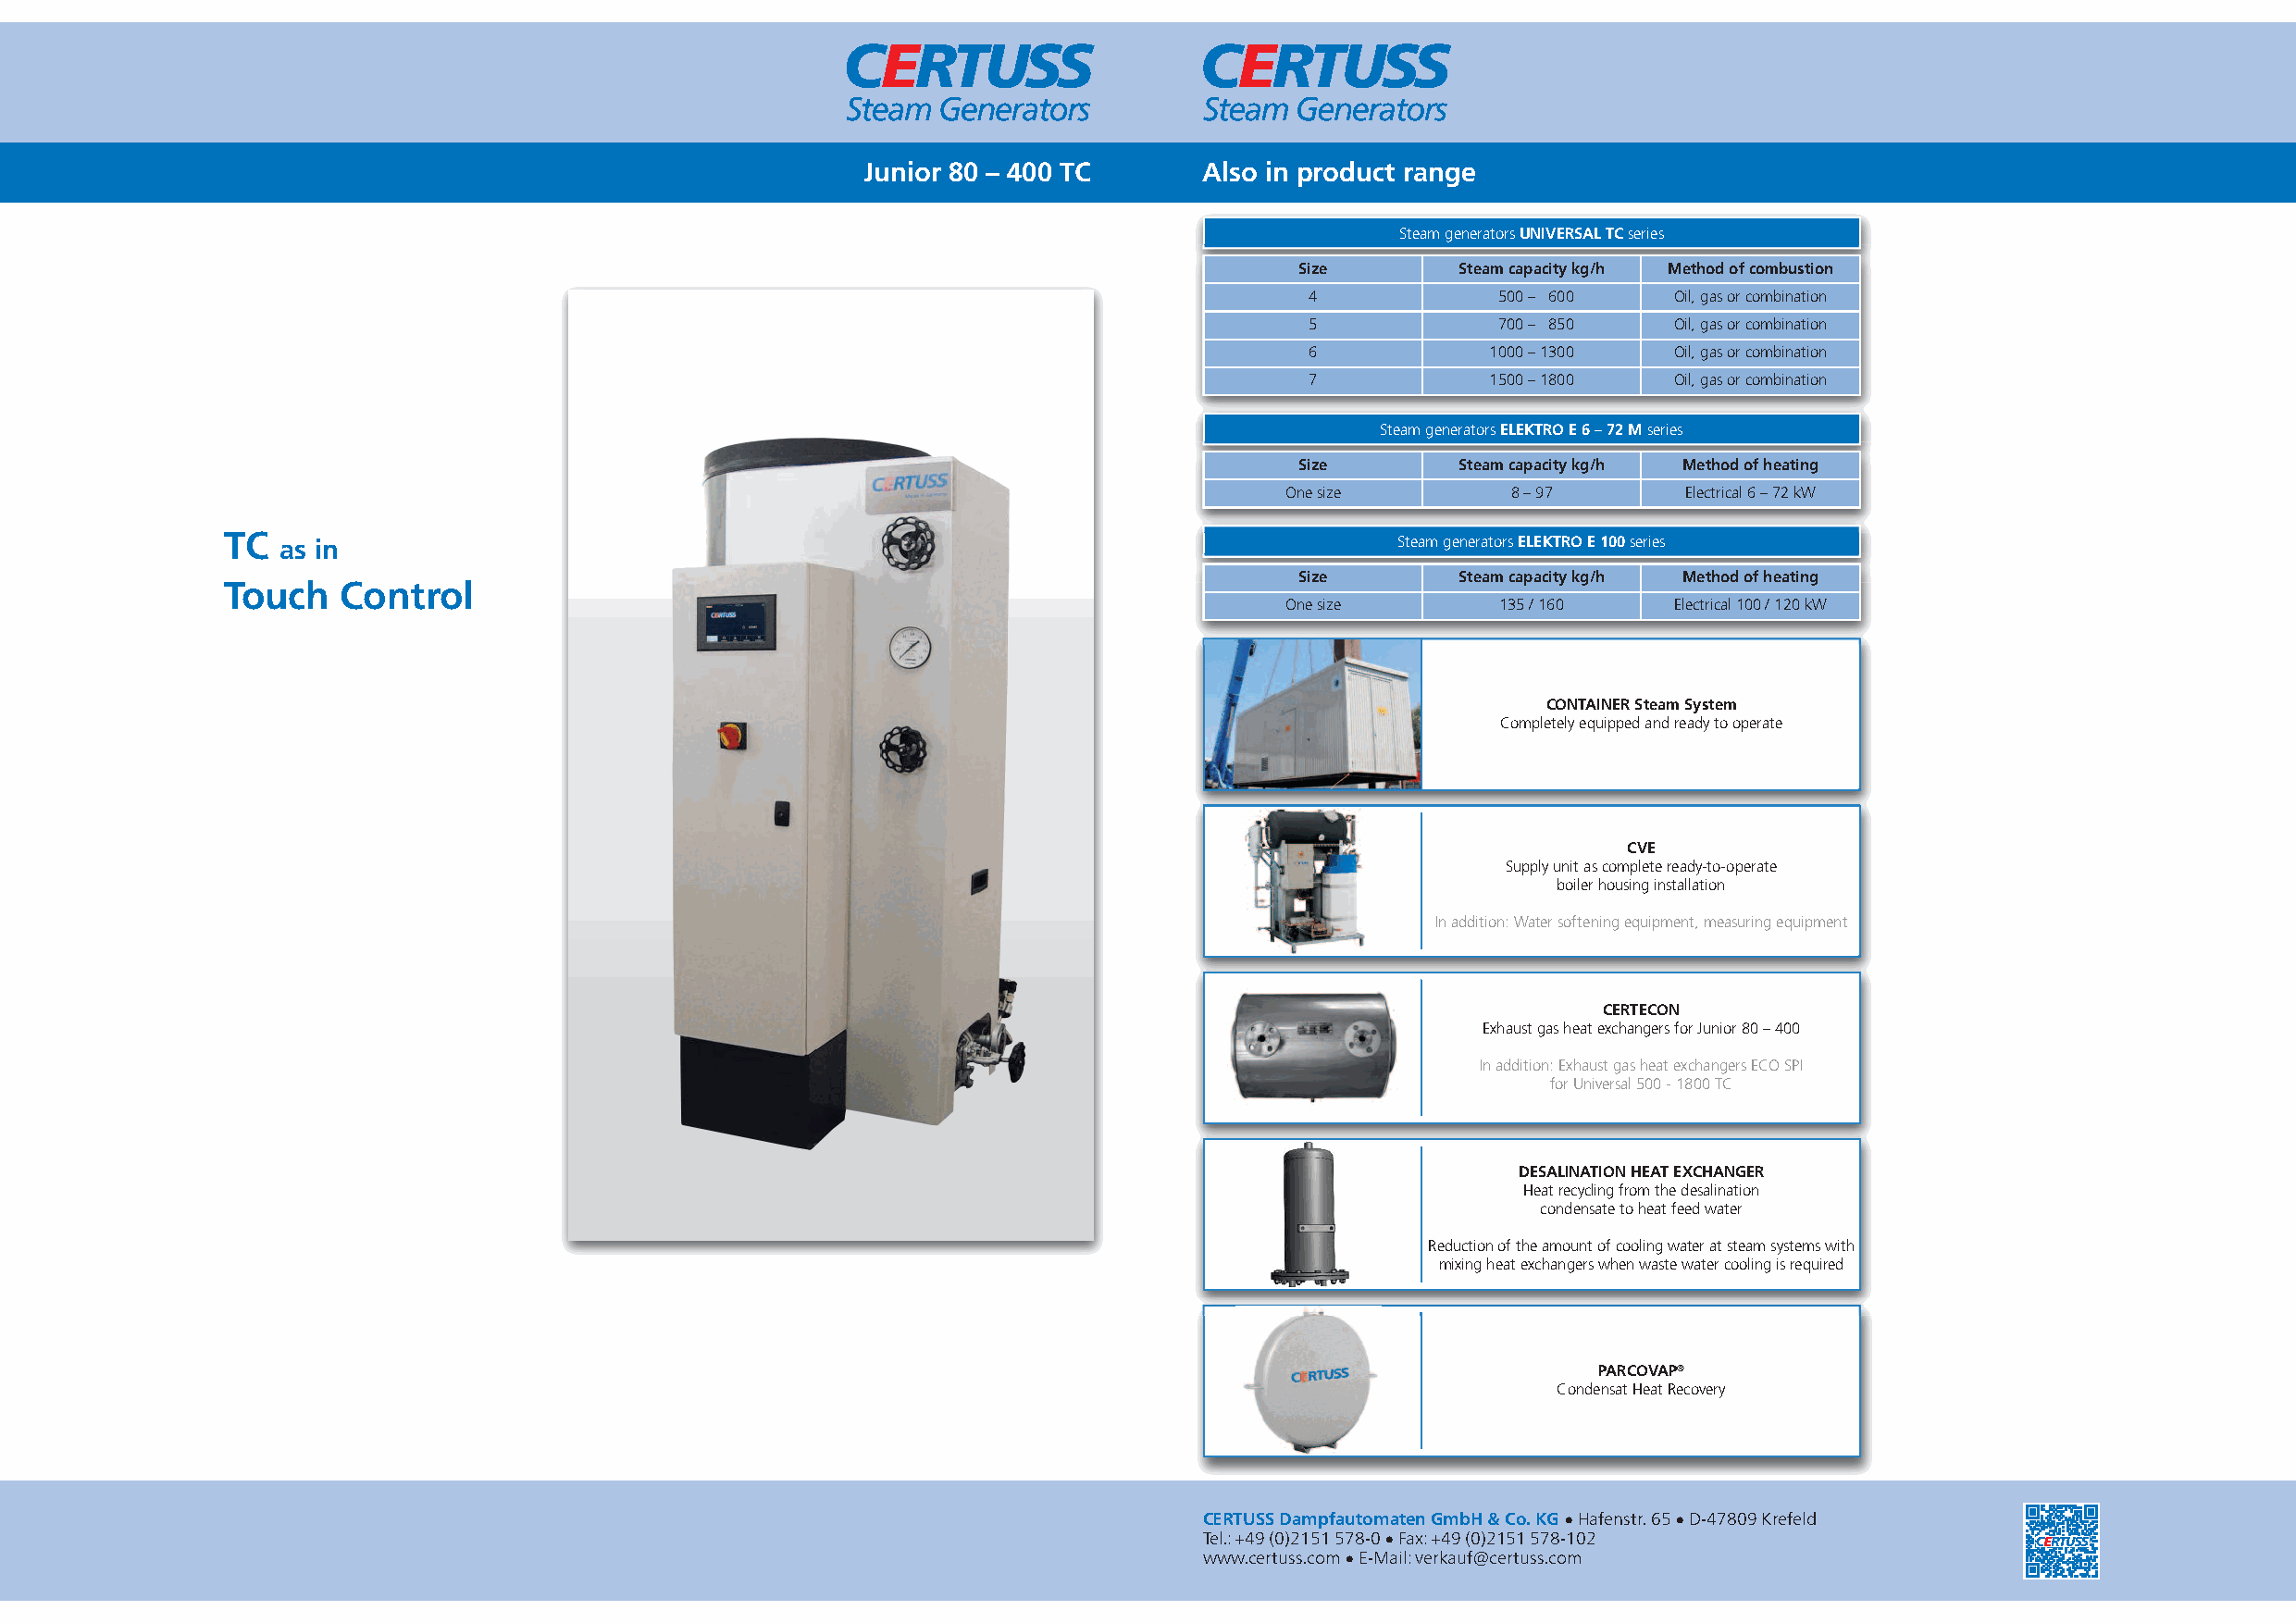
Junior 80 – 400 TC      Also in product range
 Steam generators UNIVERSAL TC series
 Size       Steam capacity kg/h Method of combustion
 4            500 – 600    Oil, gas or combination
 5            700 – 850    Oil, gas or combination
 6            1000 –1300   Oil, gas or combination
 7            1500 –1800   Oil, gas or combination
 Steam generators ELEKTRO E 6 – 72 M series
 Size       Steam capacity kg/h Method of heating
 One size        8 – 97       Electrical 6 – 72 kW
 TC
 as in                                                                           Steam generators ELEKTRO E 100 series
 Size       Steam capacity kg/h Method of heating
 Touch   Control
 One size       135 / 160    Electrical 100 / 120 kW
 CONTAINER Steam System
 Completely equipped and ready to operate
 CVE
 Supply unit as complete ready-to-operate
 boiler housing installation
 In addition: Water softening equipment, measuring equipment
 CERTECON
 Exhaust gas heat exchangers for Junior 80 – 400
 In addition: Exhaust gas heat exchangers ECO SPI
 for Universal 500 - 1800 TC
 DESALINATION HEAT EXCHANGER
 Heat recycling from the desalination
 condensate to heat feed water
 Reduction of the amount of cooling water at steam systems with
 mixing heat exchangers when waste water cooling is required
 PARCOVAP®
 Condensat Heat Recovery
 CERTUSS Dampfautomaten GmbH & Co. KG• Hafenstr. 65• D-47809 Krefeld
 Tel.: +49 (0)2151 578-0• Fax: +49 (0)2151 578-102
 www.certuss.com• E-Mail: verkauf@certuss.com